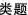
类题